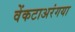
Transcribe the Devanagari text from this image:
वेंकटाअरंगया